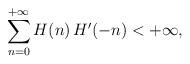
LaTeX: \begin{align*} \displaystyle \sum_{n = 0}^{+\infty} H(n)\,H'(-n) < +\infty,\end{align*}